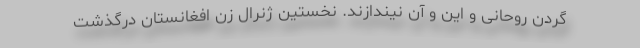
گردن روحانی و این و آن نیندازند. نخستین ژنرال زن افغانستان درگذشت